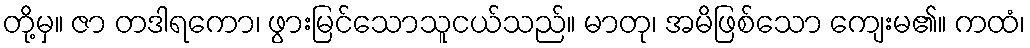
တို့မှ။ ဇာ တဒါရကော၊ ဖွားမြင်သောသူငယ်သည်။ မာတု၊ အမိဖြစ်သော ကျေးမ၏။ ကထံ၊